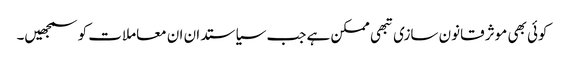
کوئی بھی موثر قانون سازی تبھی ممکن ہے جب سیاستدان ان معاملات کو سمجھیں۔